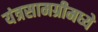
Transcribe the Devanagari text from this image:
यंत्रसामग्रीमध्ये